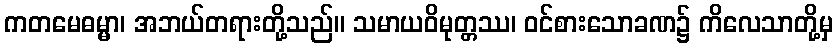
ကတမေဓမ္မာ၊ အဘယ်တရားတို့သည်။ သမာယဝိမုတ္တဿ၊ ဝင်စားသောခဏ၌ ကိလေသာတို့မှ